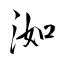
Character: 洳